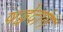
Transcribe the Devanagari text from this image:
षड्वेदांग